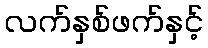
လက်နှစ်ဖက်နှင့်